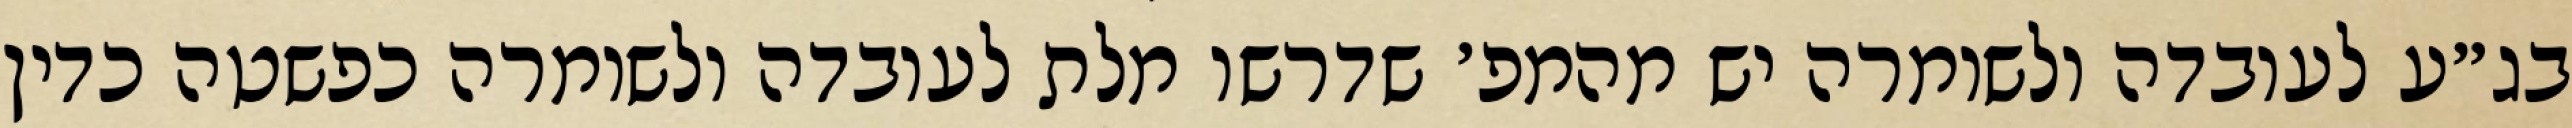
בג״ע לעובדה ולשומרה יש מהמפ׳ שדרשו מלת לעובדה ולשומרה כפשטה כדין